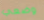
وضعي